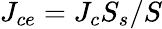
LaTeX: J_{ce}=J_{c}S_{s}/S